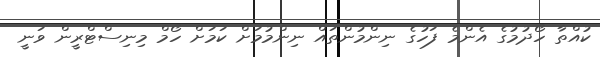
ކުއްތާ ހޯދުމުގެ އެންމެ ފަހުގެ ނިންމުންތައް ނިންމުމަށް ކަމަށް ހޯމް މިނިސްޓްރީން ވަނީ